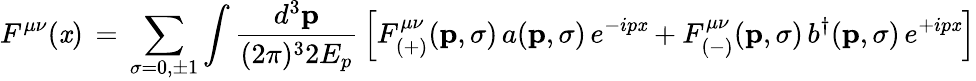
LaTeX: F^{\mu\nu}(\mathit{x})\, =\, \sum_{\sigma=0,\pm1}\int\frac{{d^{3}{\mathbf{p}}}}{{(2\pi)^{3}2E_{p}}}\, \left[F_{(+)}^{\mu\nu}({\mathbf{p}},\sigma)\, a({\mathbf{p}},\sigma)\, e^{-ip\mathit{x}}+F_{(-)}^{\mu\nu}({\mathbf{p}},\sigma)\, b^{\dagger}({\mathbf{p}},\sigma)\, e^{+ip\mathit{x}}\right]